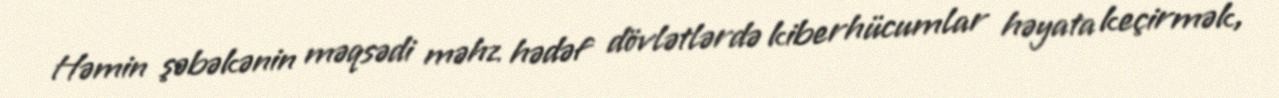
Həmin şəbəkənin məqsədi məhz hədəf dövlətlərdə kiberhücumlar həyata keçirmək,